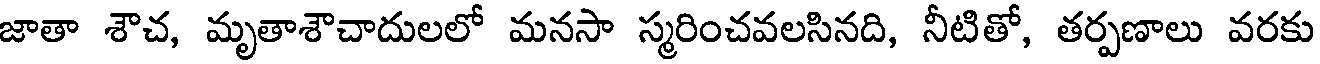
జాతా శౌచ, మృతాశౌచాదులలో మనసా స్మరించవలసినది, నీటితో, తర్పణాలు వరకు